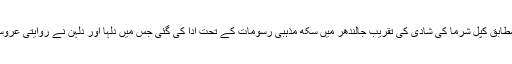
بھارتی میڈیا رپورٹس کے مطابق کپل شرما کی شادی کی تقریب جالندھر میں سکھ مذہبی رسومات کے تحت ادا کی گئی جس میں دلہا اور دلہن نے روایتی عروسی جوڑا زیب تن کیا ہوا تھا۔